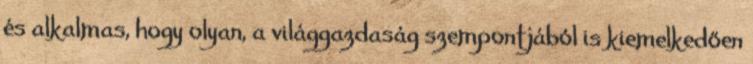
és alkalmas, hogy olyan, a világgazdaság szempontjából is kiemelkedően